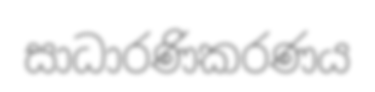
සාධාරණිකරණය